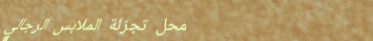
محل تجزئة الملابس الرجالي